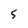
Character: 5